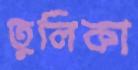
তুলিকা